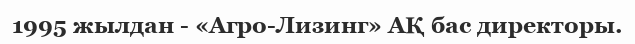
1995 жылдан - «Агро-Лизинг» АҚ бас директоры.